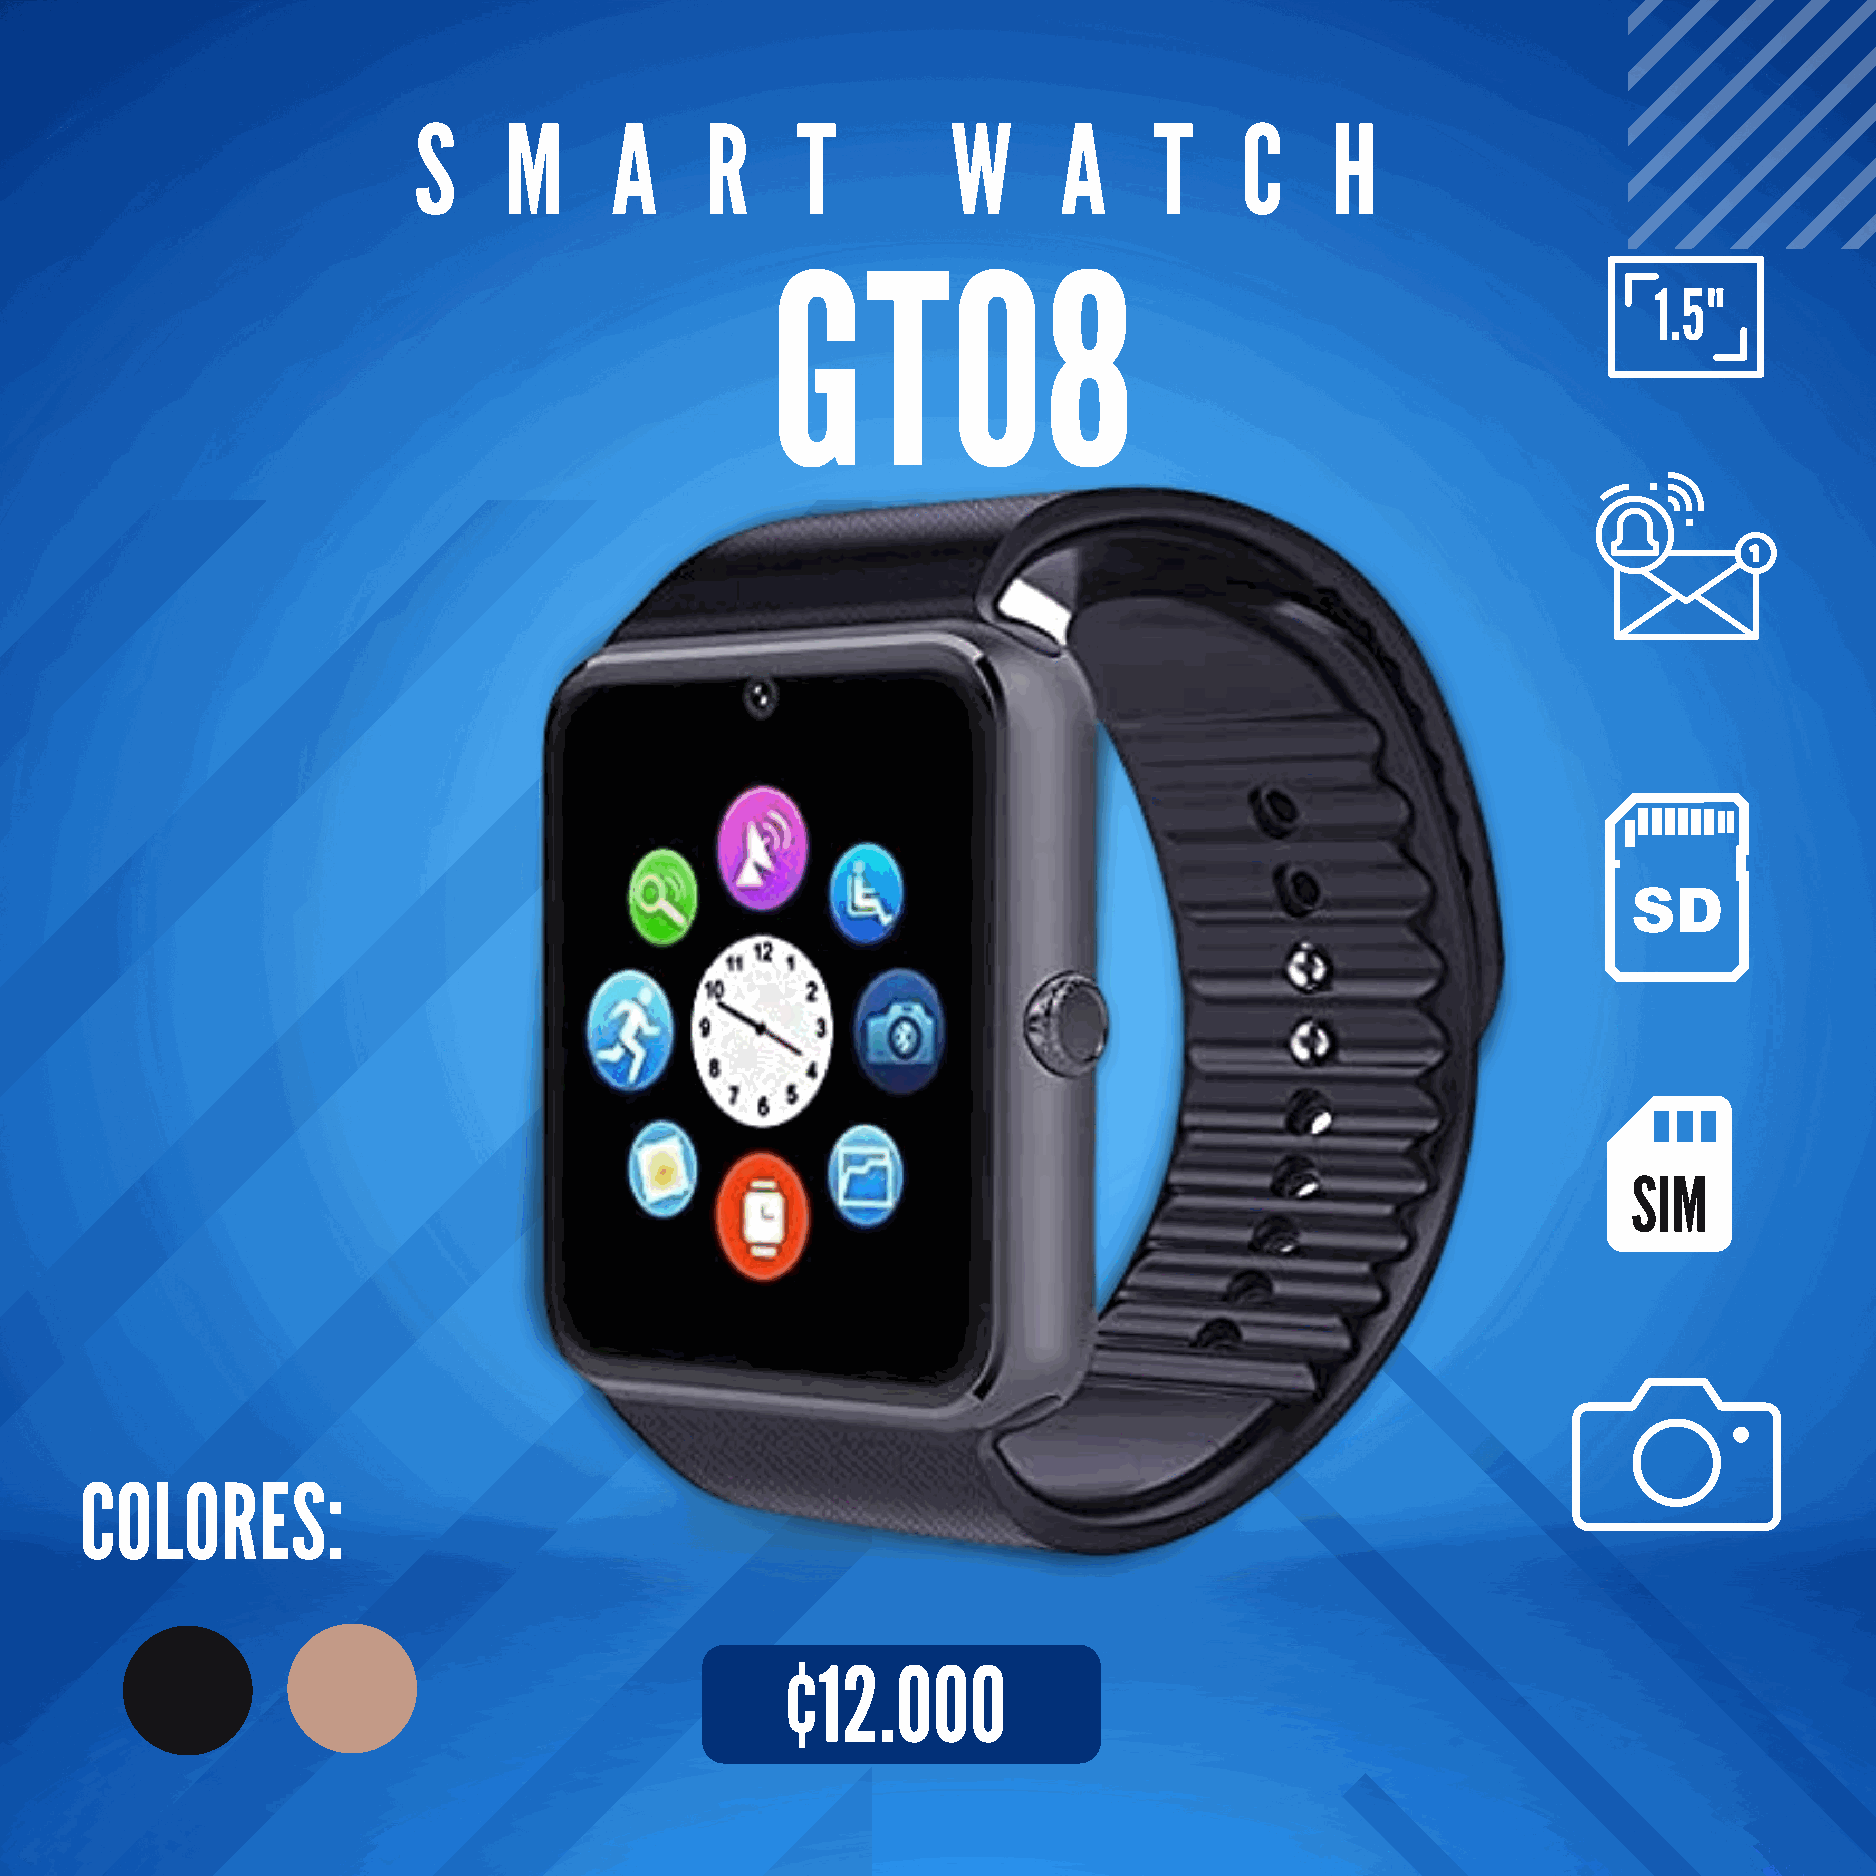
S     M      A      R     T         W      A     T     C     H
 GT08
 1.5"
 SIM
 COLORES:
 ¢12.000